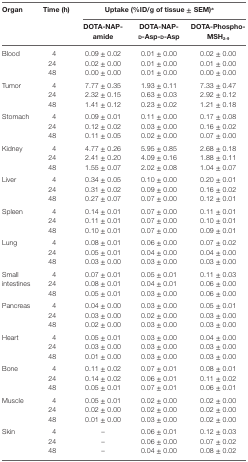
<table><thead><tr><td rowspan="2"><b>Organ</b></td><td rowspan="2"><b>Time (h)</b></td><td colspan="3"><b>Uptake (%ID/g of tissue ± SEM)<sup>a</sup></b></td></tr><tr><td><b>DOTA-NAP-amide</b></td><td><b>DOTA-NAP-d-Asp-d-Asp</b></td><td><b>DOTA-Phospho-MSH<sub>2-9</sub></b></td></tr></thead><tbody><tr><td rowspan="3">Blood</td><td>4</td><td>0.09 ± 0.02</td><td>0.01 ± 0.00</td><td>0.02 ± 0.00</td></tr><tr><td>24</td><td>0.02 ± 0.00</td><td>0.01 ± 0.00</td><td>0.01 ± 0.00</td></tr><tr><td>48</td><td>0.00 ± 0.00</td><td>0.01 ± 0.00</td><td>0.00 ± 0.00</td></tr><tr><td rowspan="3">Tumor</td><td>4</td><td>7.77 ± 0.35</td><td>1.93 ± 0.11</td><td>7.33 ± 0.47</td></tr><tr><td>24</td><td>2.32 ± 0.15</td><td>0.63 ± 0.03</td><td>2.92 ± 0.12</td></tr><tr><td>48</td><td>1.41 ± 0.12</td><td>0.23 ± 0.02</td><td>1.21 ± 0.18</td></tr><tr><td rowspan="3">Stomach</td><td>4</td><td>0.09 ± 0.01</td><td>0.11 ± 0.00</td><td>0.17 ± 0.08</td></tr><tr><td>24</td><td>0.12 ± 0.02</td><td>0.03 ± 0.00</td><td>0.16 ± 0.02</td></tr><tr><td>48</td><td>0.11 ± 0.05</td><td>0.02 ± 0.00</td><td>0.07 ± 0.00</td></tr><tr><td rowspan="3">Kidney</td><td>4</td><td>4.77 ± 0.26</td><td>5.95 ± 0.85</td><td>2.68 ± 0.18</td></tr><tr><td>24</td><td>2.41 ± 0.20</td><td>4.09 ± 0.16</td><td>1.88 ± 0.11</td></tr><tr><td>48</td><td>1.55 ± 0.07</td><td>2.02 ± 0.08</td><td>1.04 ± 0.07</td></tr><tr><td rowspan="3">Liver</td><td>4</td><td>0.34 ± 0.05</td><td>0.10 ± 0.00</td><td>0.20 ± 0.01</td></tr><tr><td>24</td><td>0.31 ± 0.02</td><td>0.09 ± 0.00</td><td>0.16 ± 0.02</td></tr><tr><td>48</td><td>0.27 ± 0.07</td><td>0.07 ± 0.00</td><td>0.12 ± 0.01</td></tr><tr><td rowspan="3">Spleen</td><td>4</td><td>0.14 ± 0.01</td><td>0.07 ± 0.00</td><td>0.11 ± 0.01</td></tr><tr><td>24</td><td>0.11 ± 0.01</td><td>0.07 ± 0.00</td><td>0.10 ± 0.01</td></tr><tr><td>48</td><td>0.10 ± 0.01</td><td>0.07 ± 0.00</td><td>0.09 ± 0.01</td></tr><tr><td rowspan="3">Lung</td><td>4</td><td>0.08 ± 0.01</td><td>0.06 ± 0.00</td><td>0.07 ± 0.02</td></tr><tr><td>24</td><td>0.05 ± 0.01</td><td>0.04 ± 0.00</td><td>0.04 ± 0.00</td></tr><tr><td>48</td><td>0.03 ± 0.00</td><td>0.03 ± 0.00</td><td>0.03 ± 0.00</td></tr><tr><td rowspan="3">Small intestines</td><td>4</td><td>0.07 ± 0.01</td><td>0.05 ± 0.01</td><td>0.11 ± 0.03</td></tr><tr><td>24</td><td>0.08 ± 0.01</td><td>0.04 ± 0.01</td><td>0.06 ± 0.00</td></tr><tr><td>48</td><td>0.05 ± 0.01</td><td>0.03 ± 0.00</td><td>0.06 ± 0.00</td></tr><tr><td rowspan="3">Pancreas</td><td>4</td><td>0.04 ± 0.00</td><td>0.03 ± 0.00</td><td>0.05 ± 0.01</td></tr><tr><td>24</td><td>0.03 ± 0.00</td><td>0.02 ± 0.00</td><td>0.03 ± 0.00</td></tr><tr><td>48</td><td>0.02 ± 0.00</td><td>0.03 ± 0.00</td><td>0.03 ± 0.00</td></tr><tr><td rowspan="3">Heart</td><td>4</td><td>0.05 ± 0.01</td><td>0.03 ± 0.00</td><td>0.04 ± 0.00</td></tr><tr><td>24</td><td>0.03 ± 0.00</td><td>0.03 ± 0.00</td><td>0.03 ± 0.00</td></tr><tr><td>48</td><td>0.01 ± 0.00</td><td>0.03 ± 0.00</td><td>0.03 ± 0.00</td></tr><tr><td rowspan="3">Bone</td><td>4</td><td>0.11 ± 0.02</td><td>0.07 ± 0.01</td><td>0.08 ± 0.01</td></tr><tr><td>24</td><td>0.14 ± 0.02</td><td>0.06 ± 0.01</td><td>0.11 ± 0.02</td></tr><tr><td>48</td><td>0.05 ± 0.01</td><td>0.07 ± 0.01</td><td>0.06 ± 0.01</td></tr><tr><td rowspan="3">Muscle</td><td>4</td><td>0.05 ± 0.01</td><td>0.02 ± 0.00</td><td>0.02 ± 0.00</td></tr><tr><td>24</td><td>0.02 ± 0.00</td><td>0.02 ± 0.00</td><td>0.02 ± 0.00</td></tr><tr><td>48</td><td>0.01 ± 0.00</td><td>0.03 ± 0.00</td><td>0.02 ± 0.00</td></tr><tr><td rowspan="3">Skin</td><td>4</td><td>–</td><td>0.06 ± 0.01</td><td>0.12 ± 0.03</td></tr><tr><td>24</td><td>–</td><td>0.06 ± 0.00</td><td>0.07 ± 0.02</td></tr><tr><td>48</td><td>–</td><td>0.04 ± 0.00</td><td>0.08 ± 0.02</td></tr></tbody></table>